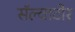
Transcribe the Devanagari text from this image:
सॅल्वाटोर